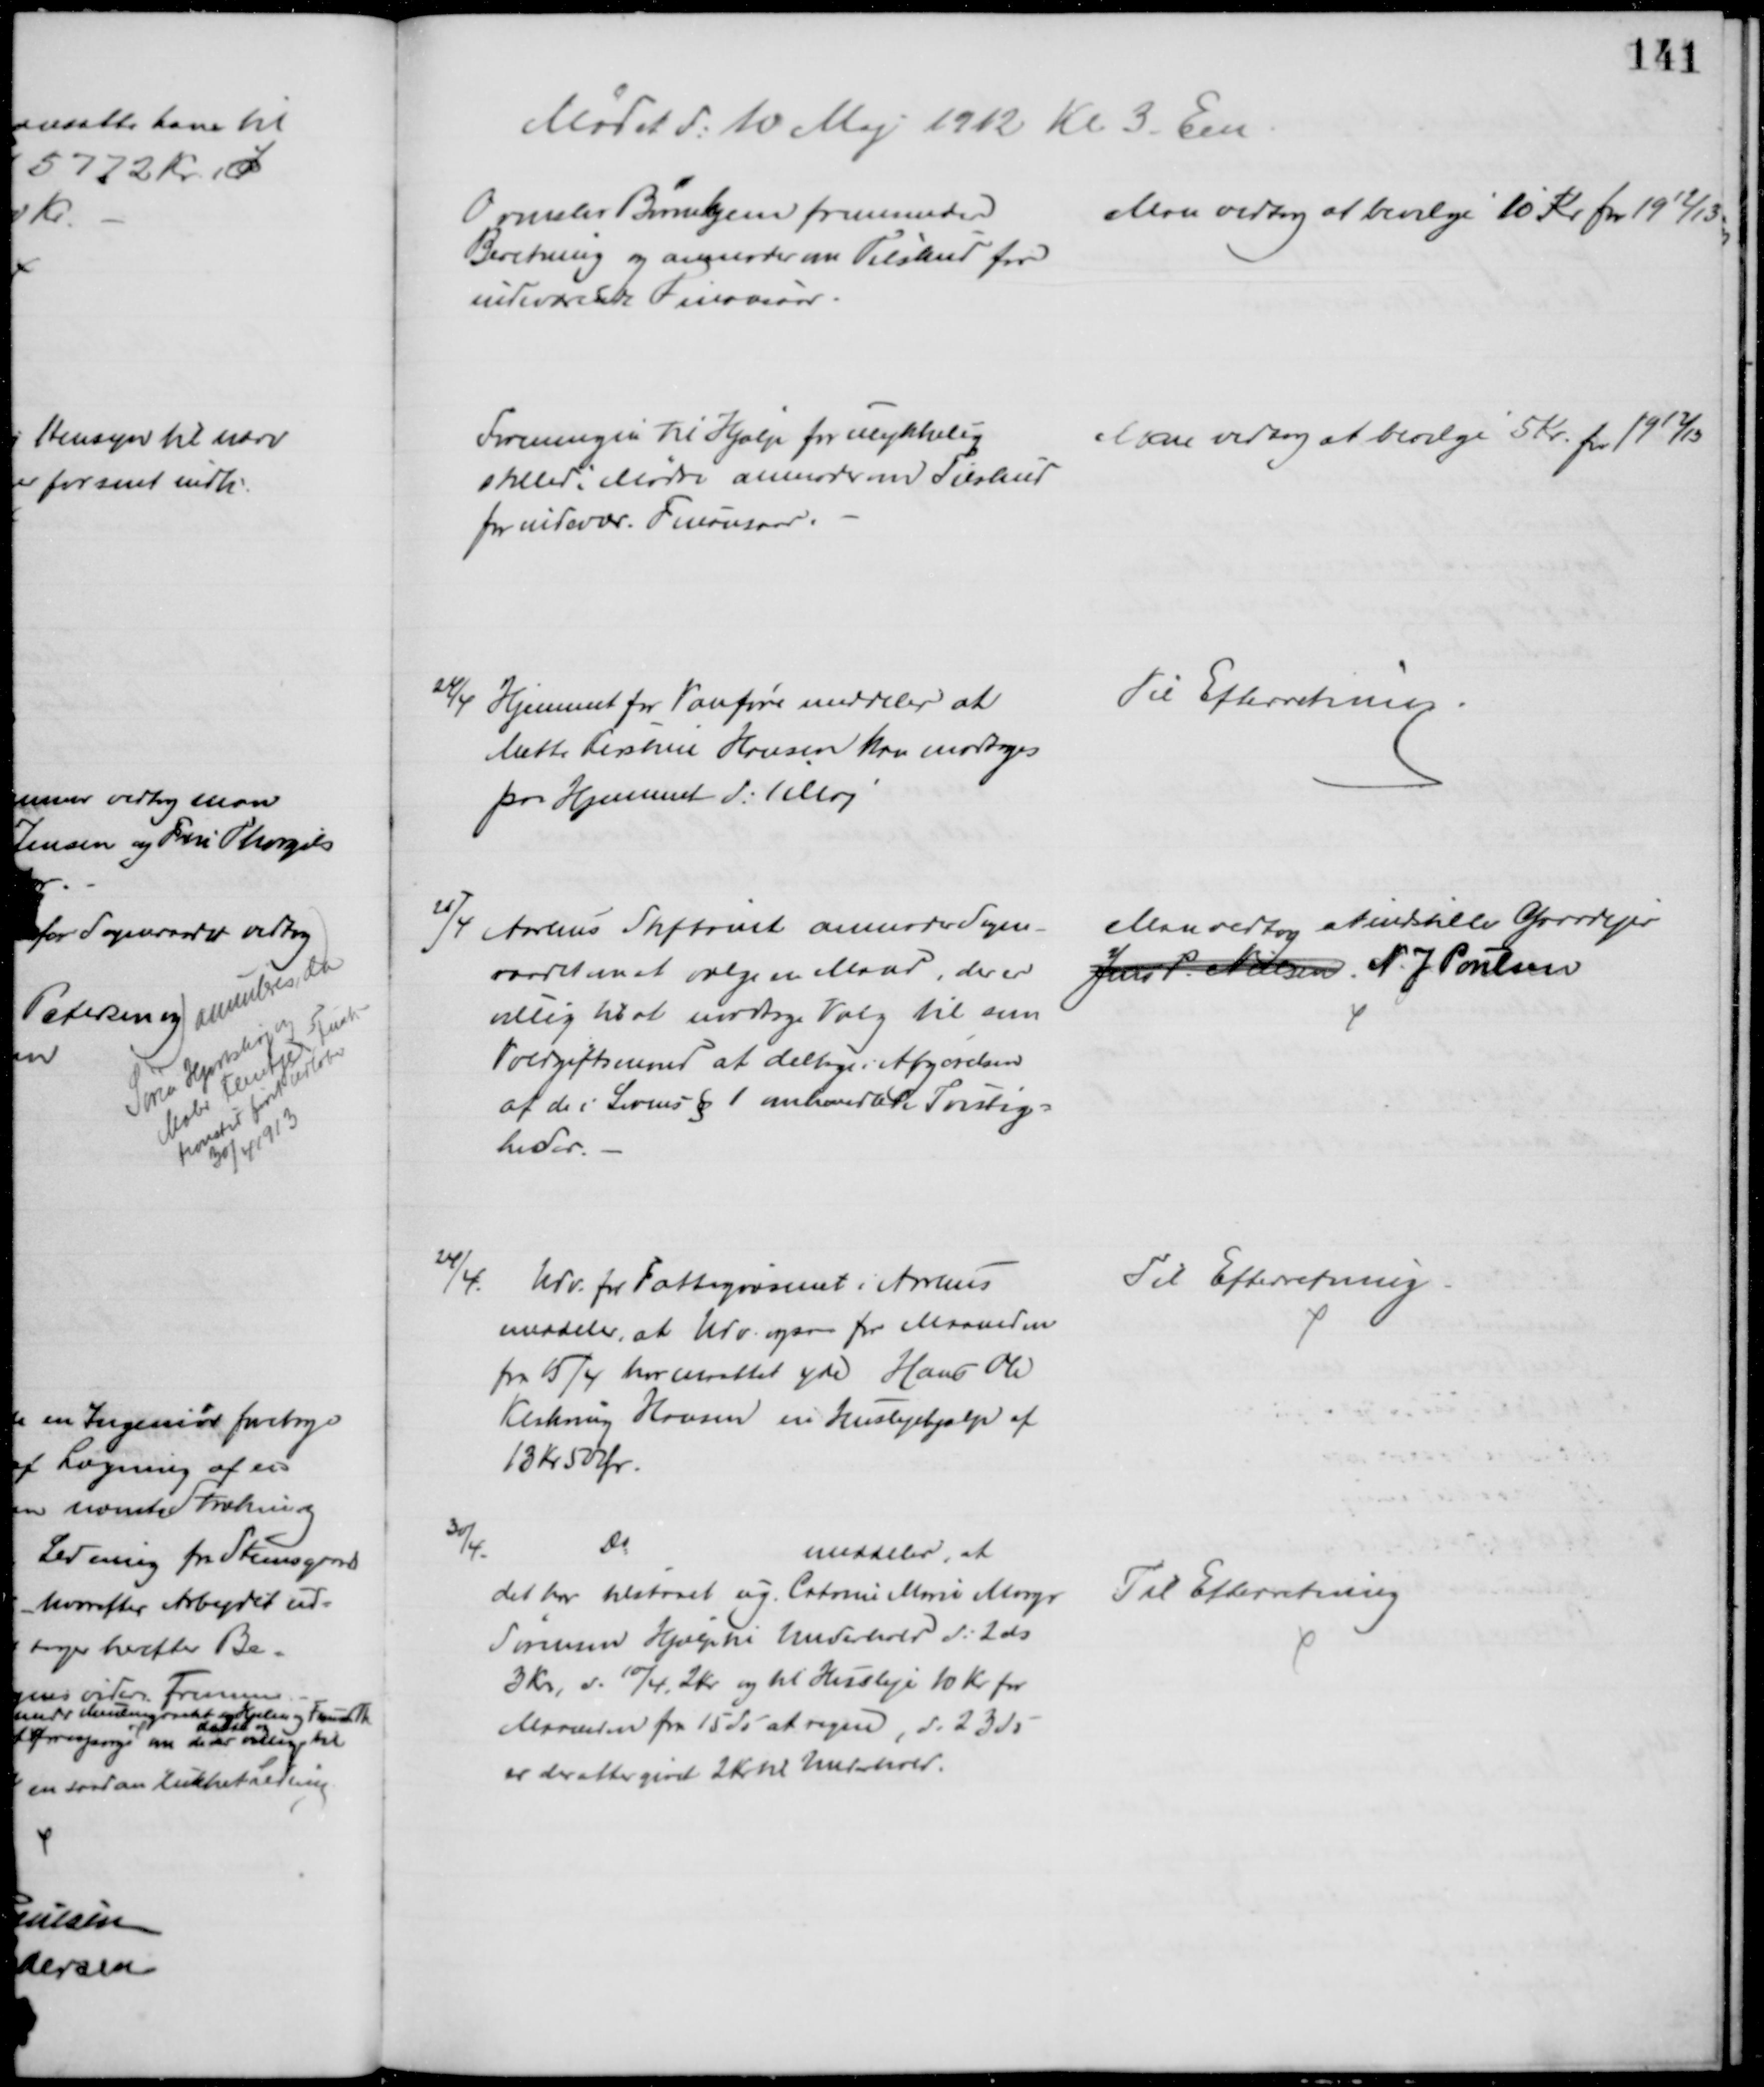
Transskription:
Mødet d: 10 Maj 1912 Kl. 3. Em
Ormslev Børnehjem fremsender
Beretning og anmoder om Tilskud for
indeværende Finansaar.
Man vedtog at bevilge 10 Kr for 1912/13.
Foreningen til Hjælp for ulykkelig
stillede Mødre anmoder om Tilskud
for indevær. Finansaar.
Man vedtog at bevilge 5 Kr. for 1912/13
24/4 Hjemmet for Vanføre meddeler at
Mette Kirstine Hansen kan modtages
paa Hjemmet d: 1 Maj
Til Efterretning.
25/4 Aarhus Stiftamt anmoder Sogne-
raadet om at vælge en Mand, der er
villig til at modtage Valg til som 
Voldgiftsmand at deltage i Afgørelsen
af de i Lovens § 1 omhandlede Tvistig=
heder.
Man vedtog at indstille Gaardejer
Jens P. Nielsen N. J. Poulsen
24/4
Udv. for Fattigvæsenet i Århus
meddeler, at Udv. ogsaa for Maaneden
fra 15/4 har maattet yde Hans Ole
Klakring Hansen en Huslejehjælp af
13 Kr 50 Ør.
Til Efterretning
30/4.
Do
meddeler, at
det har tilstaaet ug. Catrine Marie Margr
Sørensen Hjælp til Underhold d: 2 ds.
3 Kr. d: 10/4. 2 Kr og til Husleje 10 Kr for
Maaneden fra 15 ds at regne, d: 23 ds
er der atter givet 2 Kr til Underhold.
Til Efterretning